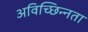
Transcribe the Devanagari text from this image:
अविच्छिन्नता